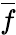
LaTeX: \overline{{f}}